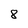
Character: 8